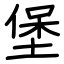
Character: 堡